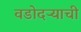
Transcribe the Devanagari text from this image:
वडोदऱ्याची